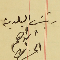
رئيس البلدية ابراهىم الحىاط